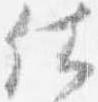
仕